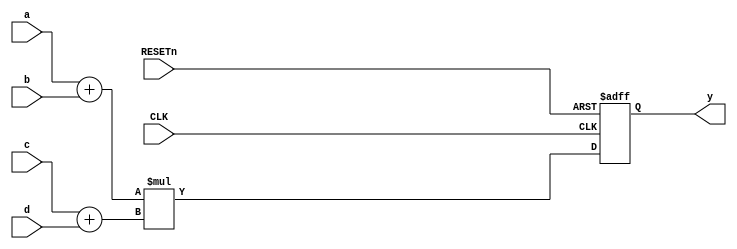
module no_pipeline (a,b,c,d,
                    RESETn,CLK,
                    y);
input       [2:0]   a,b,c,d;   
input               CLK, RESETn;
output  reg [7:0]   y;

    reg [3:0] temp_0, temp_1;
    
    always @(posedge CLK or negedge RESETn) begin
        if (!RESETn) begin
            y   <= 8'd0;
        end else begin
            y   <= { {1'b0,a[2:0]} + {1'b0,b[2:0]} } * { {1'b0,c[2:0]} + {1'b0,d[2:0]} };
        end
    end

endmodule